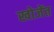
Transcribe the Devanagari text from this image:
खोजेंत